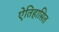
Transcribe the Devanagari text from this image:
ऐतिहासित